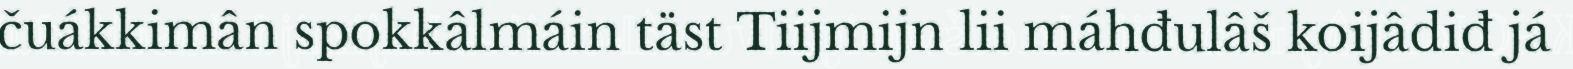
čuákkimân spokkâlmáin täst Tiijmijn lii máhđulâš koijâdiđ já